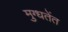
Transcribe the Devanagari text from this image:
मुग्धतेंत